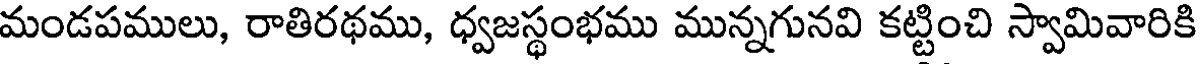
మండపములు, రాతిరథము, ధ్వజస్థంభము మున్నగునవి కట్టించి స్వామివారికి